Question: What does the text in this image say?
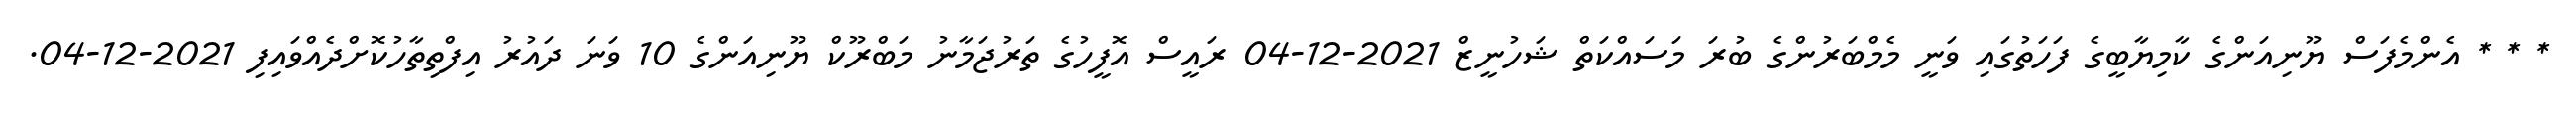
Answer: * * * އެންމެފަސް ޔޫނިއަންގެ ކާމިޔާބީގެ ފަހަތުގައި ވަނީ މެމްބަރުންގެ ބުރަ މަސައްކަތް ޝަހުނީޒް 2021-12-04 ރައީސް އޮފީހުގެ ތަރުޖަމާނު މަބްރޫކް ޔޫނިއަންގެ 10 ވަނަ ދައުރު އިފްތިތާހުކޮށްދެއްވައިފި 2021-12-04.